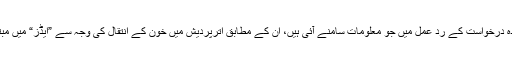
معلومات تک رسائی کے قانون کے تحت دائر کردہ درخواست کے ردِّ عمل میں جو معلومات سامنے آئی ہیں، اُن کے مطابق اترپردیش میں خون کے انتقال کی وجہ سے ”ایڈز“ میں مبتلا ہونے والے افراد کی تعداد سب سے زیاد ہ ہے ۔